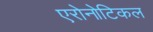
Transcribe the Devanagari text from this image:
एरोनोटिकल